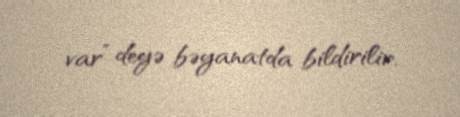
var” deyə bəyanatda bildirilir.